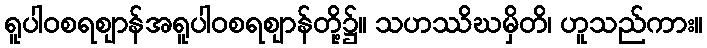
ရူပါဝစရဈာန်အရူပါဝစရဈာန်တို့၌။ သဟဿိဃမှိတိ၊ ဟူသည်ကား။